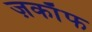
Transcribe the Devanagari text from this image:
ज़काॅफ